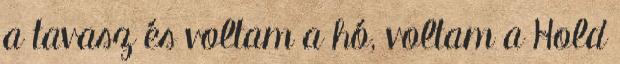
a tavasz és voltam a hó, voltam a Hold